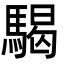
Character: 騔